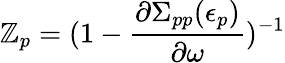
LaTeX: \mathbb{Z}_{p}=(1-\frac{{\partial\Sigma_{pp}(\epsilon_{p})}}{{\partial\omega}})^{-1}